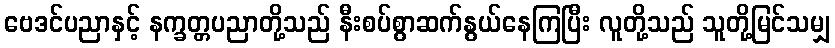
ဗေဒင်ပညာနှင့် နက္ခတ္တပညာတို့သည် နီးစပ်စွာဆက်နွယ်နေကြပြီး လူတို့သည် သူတို့မြင်သမျှ